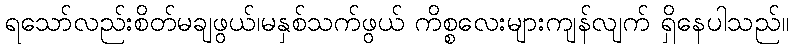
ရသော်လည်းစိတ်မချဖွယ်၊မနှစ်သက်ဖွယ် ကိစ္စလေးများကျန်လျက် ရှိနေပါသည်။